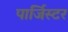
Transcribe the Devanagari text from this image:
पार्जिस्टर